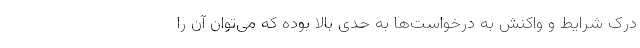
درک شرایط و واکنش به درخواست‌ها به حدی بالا بوده که می‌توان آن را